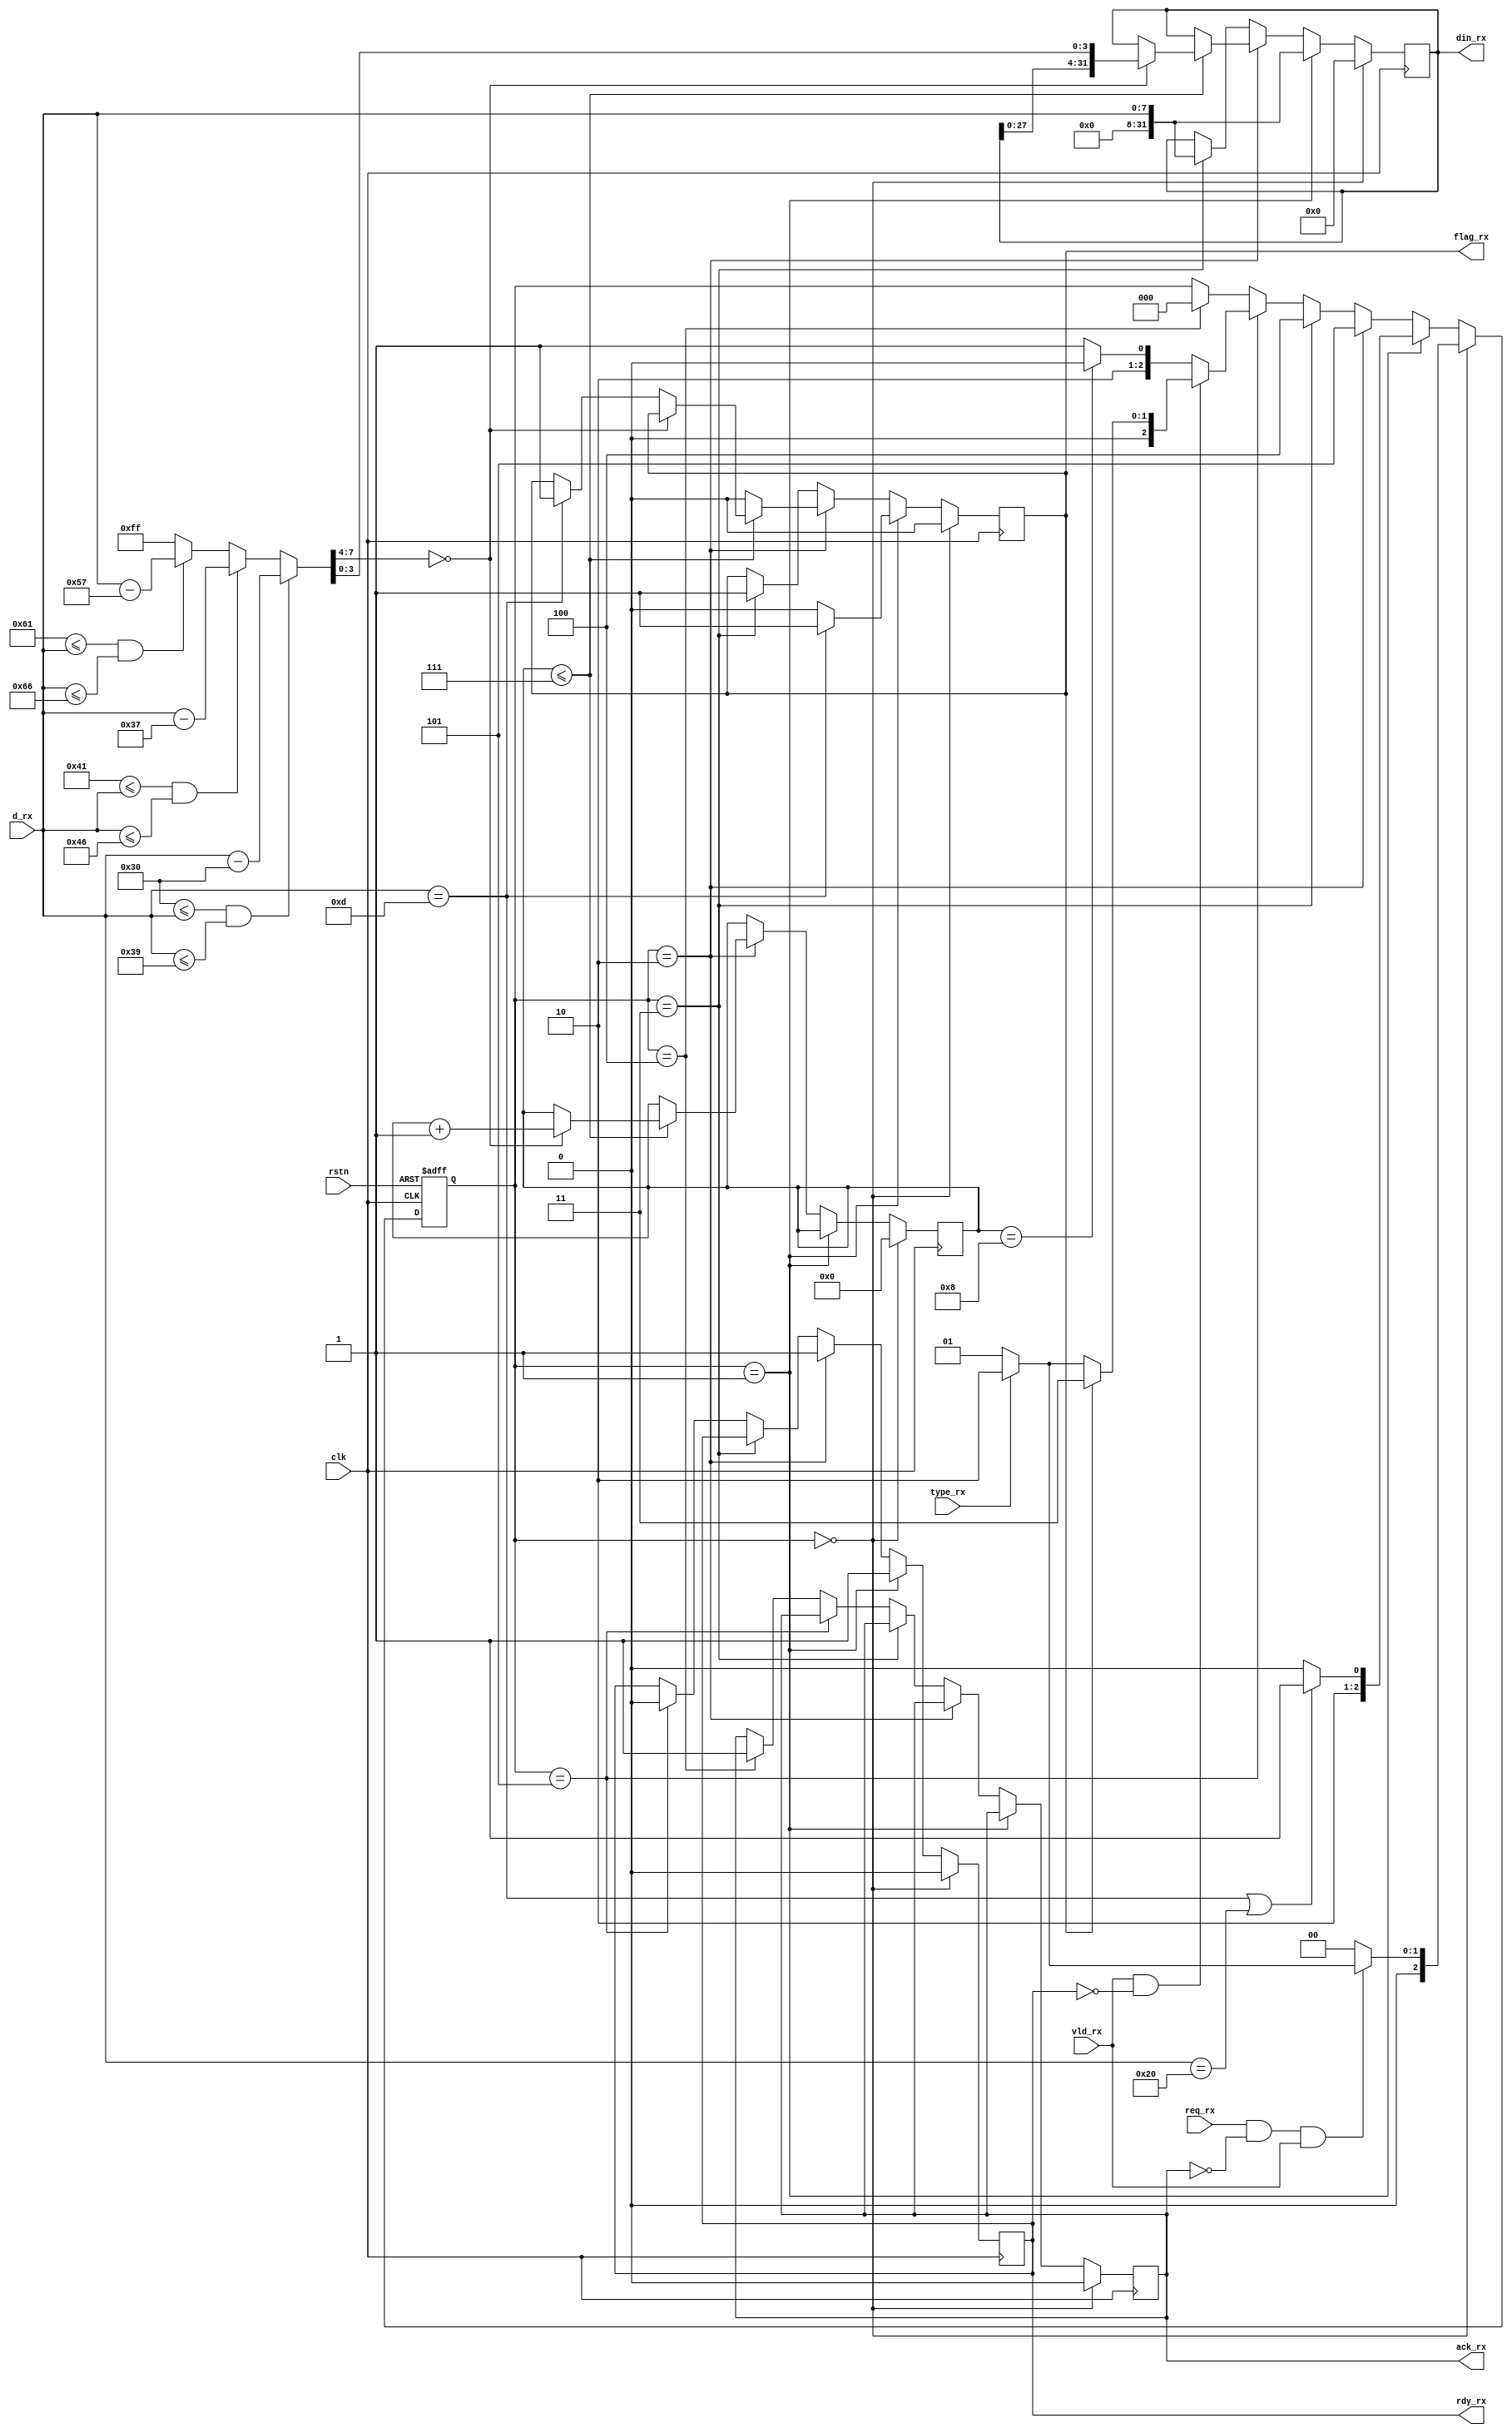
`timescale 1ns / 1ps

module SCAN(
    input clk,
    input rstn,
    input [7:0] d_rx,
    input vld_rx,
    output reg rdy_rx,
    input type_rx,
    input req_rx,
    output reg flag_rx,
    output reg ack_rx,
    output reg [31:0] din_rx 
    );
    parameter IDLE = 3'b000; // wait for request
    parameter BYTE = 3'b001; // request a btye
    parameter ADDR = 3'b010; // request an address
    parameter ENTER = 3'b011; // 0d0a
    parameter SEND = 3'b100; // send data
    parameter TMP  = 3'b101; // temporary state
    reg [2:0] curr_state;
    reg [2:0] next_state;
    reg [4:0] cnt;
    /*wire Hex;
    assign Hex = (8'h30 <= d_rx && d_rx <= 8'h39) 
              || (8'h41 <= d_rx && d_rx <= 8'h46) 
              || (8'h61 <= d_rx && d_rx <= 8'h66);*/
    reg [7:0] C2H;
    always@(*)
    begin
        if(8'h30 <= d_rx && d_rx <= 8'h39) 
            C2H = d_rx - 8'h30;
        else if(8'h41 <= d_rx && d_rx <= 8'h46)
            C2H = d_rx - 8'h37;
        else if(8'h61 <= d_rx && d_rx <= 8'h66)
            C2H = d_rx - 8'h57;
        else
            C2H = 8'hff;
    end
    always@(posedge clk or negedge rstn)
    begin
        if(rstn == 0)
            curr_state <= IDLE;
        else
            curr_state <= next_state;
    end
    always@(*)
    begin
        if(curr_state == IDLE)
        begin
            if(req_rx == 1 && ack_rx == 0 && vld_rx == 1)
            begin
                if(type_rx == 0)
                    next_state = BYTE;
                else
                    next_state = ADDR;
            end
            else 
                next_state = IDLE;  
        end
        else if(curr_state == BYTE)
        begin
            if(d_rx == 8'h0d || d_rx == 8'h20)
                next_state = TMP;
            else 
                next_state = SEND;
        end
        else if(curr_state == ADDR)
            next_state = TMP;
        else if(curr_state == ENTER)
            next_state = SEND;
        else if(curr_state == TMP)
        begin
            if(vld_rx == 1 && rdy_rx == 0)
            begin
                if(flag_rx == 1)
                    next_state = ENTER;
                else
                begin
                    if(type_rx == 0)
                        next_state = BYTE;
                    else
                        next_state = ADDR;
                end
            end
            else if(cnt == 8)
                next_state = SEND;
            else
                next_state = TMP;
        end
        else if(curr_state == SEND)
            next_state = IDLE;
        else
            next_state = curr_state;
    end
    always@(posedge clk)
    begin
        if(curr_state == IDLE)
        begin
            rdy_rx <= 0; //not ready to receive data
            ack_rx <= 0; //not acknowledge
            din_rx <= 32'h00000000; //clear data
            cnt <= 0; //reset counter
            flag_rx <= 0; 
        end
        else if(curr_state == BYTE)
        begin
            rdy_rx <= 1;
            din_rx <= {24'h000000,d_rx}; 
            if(d_rx == 8'h0d)
                flag_rx <= 1; // enter means empty data
            else 
                flag_rx <= 0;   
        end
        else if(curr_state == ADDR)
        begin
            rdy_rx <= 1; // ready to receive data
            if(cnt <= 7)
            begin
                if(C2H[7:4] == 4'h0)
                begin
                    cnt <= cnt + 1;
                    din_rx <= {din_rx[27:0],C2H[3:0]};
                end
                else if(d_rx == 8'h0d)
                    flag_rx <= 1; // enter means empty data
                else 
                begin
                    cnt <= cnt;
                    din_rx <= din_rx;
                end
            end
            else 
                flag_rx <= 0; // cnt > 7, then wait for sending data      
        end
        else if(curr_state == ENTER)
        begin
            flag_rx <= 1;
            din_rx <= {24'h0,d_rx};
        end
        else if(curr_state == TMP)
            rdy_rx <= 0;
        else if(curr_state == SEND)
            ack_rx <= 1; // acknowledge
        else 
            ; // do nothing 
    end
endmodule